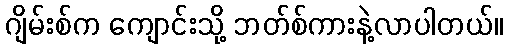
ဂျိမ်းစ်က ကျောင်းသို့ ဘတ်စ်ကားနဲ့လာပါတယ်။